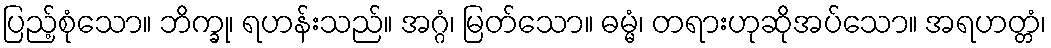
ပြည့်စုံသော။ ဘိက္ခု၊ ရဟန်းသည်။ အဂ္ဂံ၊ မြတ်သော။ ဓမ္မံ၊ တရားဟုဆိုအပ်သော။ အရဟတ္တံ၊